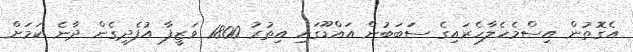
އެގޮތުން އިސްމެހެލާހެރައިގެ ސަަބަބުން އައްޑޫގައި އިތުރު 1800 ވަޒީފާ އުފެދިގެން ދާނެ ކަމަށް